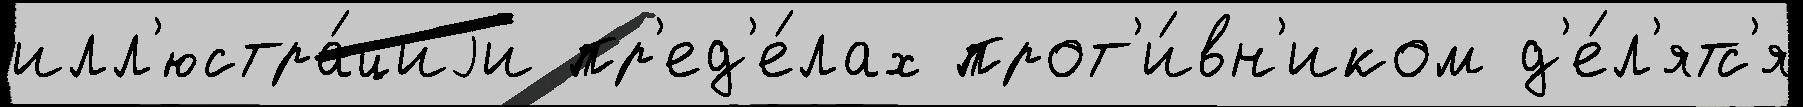
илл'юстра́циjи пр'ед'е́лах прот'и́вн'иком д'е́л'ятс'я